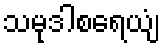
သမုဒါစရေယျံ